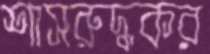
শাসরুদ্ধকর